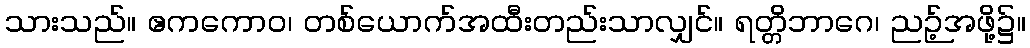
သားသည်။ ဧကကောဝ၊ တစ်ယောက်အထီးတည်းသာလျှင်။ ရတ္တိဘာဂေ၊ ညဉ့်အဖို့၌။